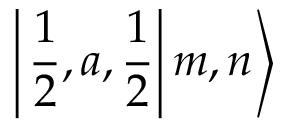
\left| \left. \frac { 1 } { 2 } , a , \frac { 1 } { 2 } \right| m , n \right\rangle